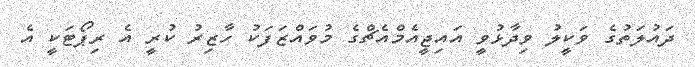
ދައުލަތުގެ ވަކީލު ވިދާޅުވީ އައިޖީއެމްއެޗްގެ މުވައްޒަފަކު ހާޒިރު ކުރީ އެ ރިޕޯޓަކީ އެ